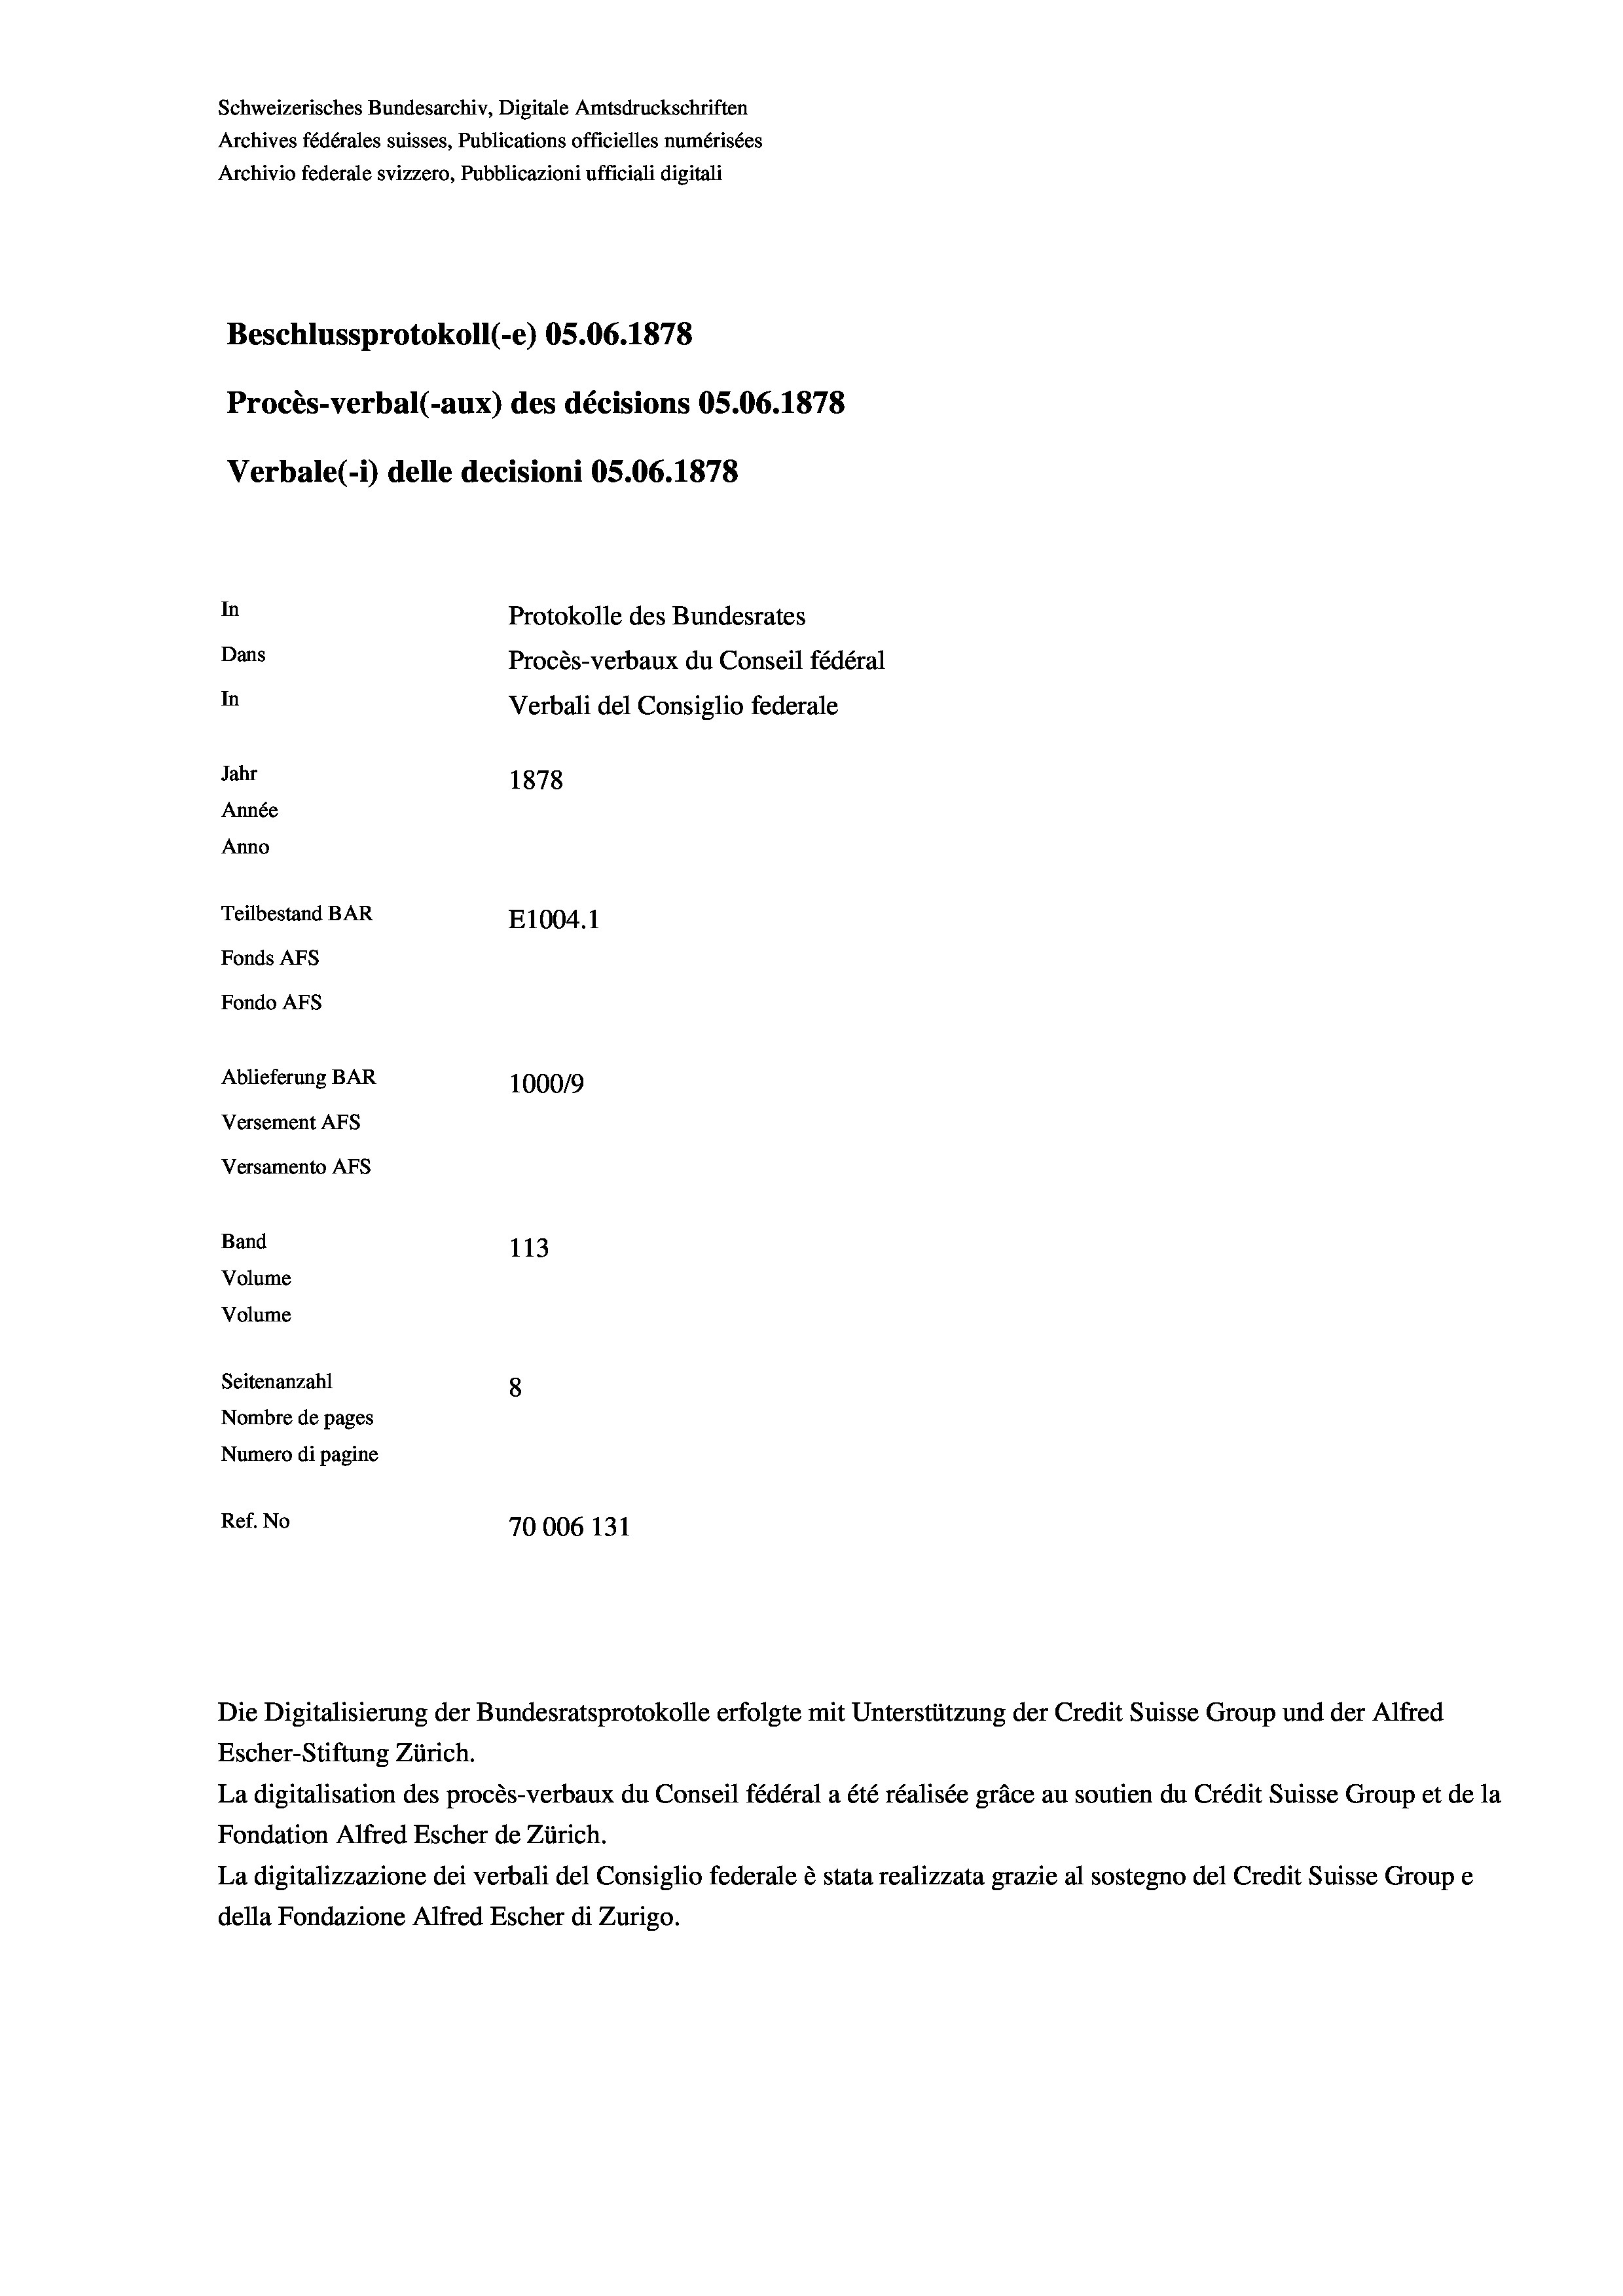
Schweizerisches Bundesarchiv, Digitale Amtsdruckschriften
Archives fédérales suisses, Publications officielles numérisées
Archivio federale svizzero, Pubblicazioni ufficiali digitali
Beschlussprotokoll (-e) 05.06. 1878
Procès-verbal (-aux) des décisions OS.06. 1878
Verbale (i) delle decisioni OS.06. 1878
In
Protokolle des Bundesrates
Dans
Procès-verbaux du Conseil fédéral
In
Verbali del Consiglio federale
Jahr
1878
Année
Anno
Teilbestand BAR
E1004.1
Fonds Afs
Fondo AFs
Ablieferung BAR
100019
Versement AFS
Versamento Afs
Band
113
Volume
Volume
Seitenanzahl
8
Nombre de pages
Numero di pagine
Ref. No
70006 131

Escher-Stiftung Zürich.
La digitalisation des procès-verbaux du Conseil fédéral a été réalisée gräce au soutien du Crédit Suisse Group et de la
Fondation Alfred Escher de Zürich.
La digitalizzazione dei verbali del Consiglio federale è stata realizzata grazie al sostegno del Credit Suisse Groupe
della Fondazione Alfred Escher di Zurigo.

Die Digitalisierung der Bundesratsprotokolle erfolgte mit Unterstützung der Credit Suisse Group und der Alfred